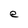
Character: e